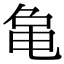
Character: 𬺞